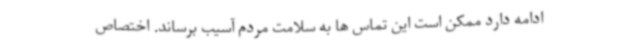
ادامه دارد ممکن است این تماس ها به سلامت مردم آسیب برساند. اختصاص